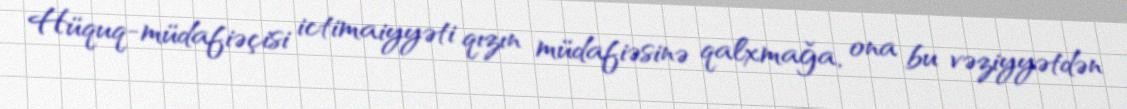
Hüquq-müdafiəçisi ictimaiyyəti qızın müdafiəsinə qalxmağa, ona bu vəziyyətdən